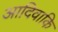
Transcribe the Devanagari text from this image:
आदिवाकि